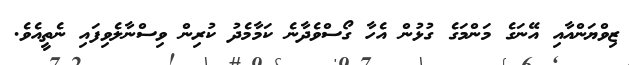
ޒިވްޔަންއާއި އޭނަގެ މަންމަގެ ގުޅުން އެހާ ގޯސްވެދާނެ ކަމާމެދު ކުރިން ވިސްނާލެވިފައި ނެތީއެވެ.